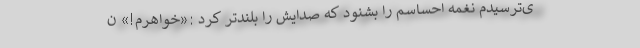
ی‌ترسیدم نغمه احساسم را بشنود که صدایش را بلندتر کرد :«خواهرم!» ن